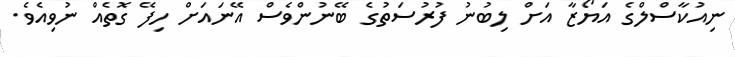
ނިއުކާސްލްގެ އަޔޯޒާ އަށް ލިބުނު ފުރުސަތުގެ ބޭނުންވެސް އޭނައަށް ހިފޭ ގޮތެއް ނުވިއެވެ.